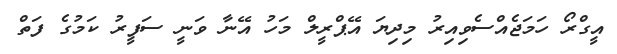
އީގްރޯ ހަމަޖެއްސެވިއިރު މިދިޔަ އޭޕްރީލް މަހު އޭނާ ވަނީ ސަފީރު ކަމުގެ ފަތް